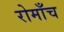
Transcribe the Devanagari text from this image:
रोमाँच